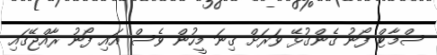
ސްމާޓް ފޯނު ގެންގުޅޭ ވަރަށް ގިނަ މީހުން ވެސް އައި ފޯނު ރާއްޖޭގައި